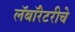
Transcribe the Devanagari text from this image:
लॅबॉरेटरीचे